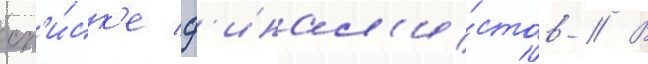
сп'и́ск'е ф'инал'и́стов // В